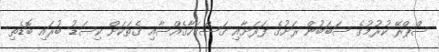
ސްޕްރޭ ކުރުމުގެ ސަބަބުން ރަށުގެ ފަރަށާއި ގަސްގަހާގެއްސާއި ގެތަކަށް ކިސަޑު ބުރައި ބޮޑެތި